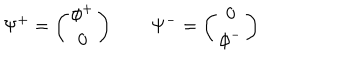
\Psi ^ { + } = \left( \begin{array} { c } { { \phi ^ { + } } } \\ { { 0 } } \\ \end{array} \right) \qquad \Psi ^ { - } = \left( \begin{array} { c } { { 0 } } \\ { { \phi ^ { - } } } \\ \end{array} \right)